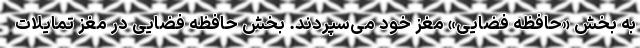
به بخش «حافظه فضایی» مغز خود می‌سپردند. بخش حافظه فضایی در مغز تمایلات